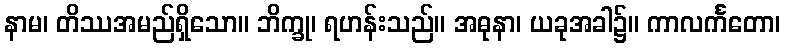
နာမ၊ တိဿအမည်ရှိသော။ ဘိက္ခု၊ ရဟန်းသည်။ အဓုနာ၊ ယခုအခါ၌။ ကာလင်္ကတော၊